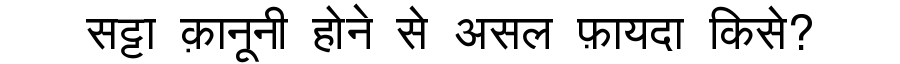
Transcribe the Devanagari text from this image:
सट्टा क़ानूनी होने से असल फ़ायदा किसे?